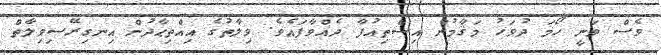
ވެސް ވަނީ ހޯމަ ދުވަހު މަޤާމުން އިސްތިއުފާ ދެއްވާފައެވެ. ވިލާތުގެ އިއްތިޙާދުން އިނގިރޭސިވިލާތް